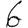
Digit: 6